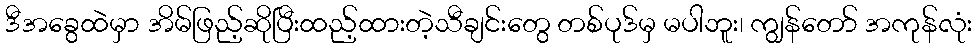
ဒီအခွေထဲမှာ အိမ်ဖြည့်ဆိုပြီးထည့်ထားတဲ့သီချင်းတွေ တစ်ပုဒ်မှ မပါဘူး၊ ကျွန်တော် အကုန်လုံး